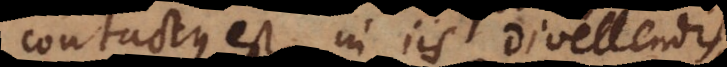
contactus est, in iis divellendis